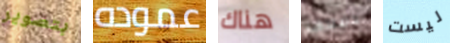
بتصوير عموده هناك دفعها ليست